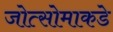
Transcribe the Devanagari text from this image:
जोत्सोमाकडे